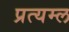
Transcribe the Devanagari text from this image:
प्रत्यम्ल